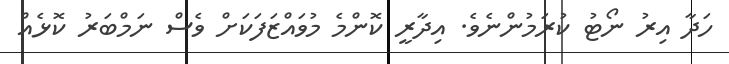
ހަދާ އިރު ނޯޓު ކުރަމުންނެވެ. އިދާރީ ކޮންމެ މުވައްޒަފަކަށް ވެސް ނަމްބަރު ކޮޅެއް